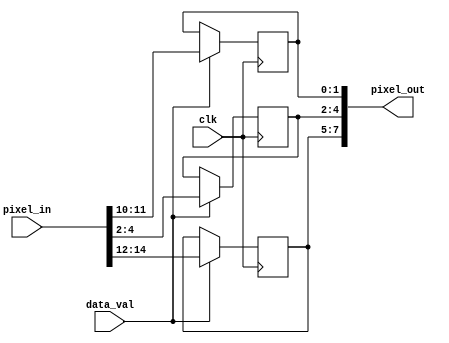
module DOWNSAMPLER
(
	data_val,
	pixel_in,
	pixel_out,
	clk
);

input data_val;
input clk;
input [15:0] pixel_in;
output [7:0] pixel_out;

reg [1:0] green;
reg [2:0] red;
reg [2:0] blue;

assign pixel_out = {red, blue, green};

always @ (posedge clk) begin
	if (data_val) begin
		red = pixel_in[14:12];
		blue = pixel_in[4:2];
		green = pixel_in[11:10];
	end
end

endmodule